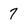
Character: 7